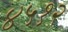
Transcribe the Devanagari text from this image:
४५१२